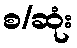
စ/ဆုံး